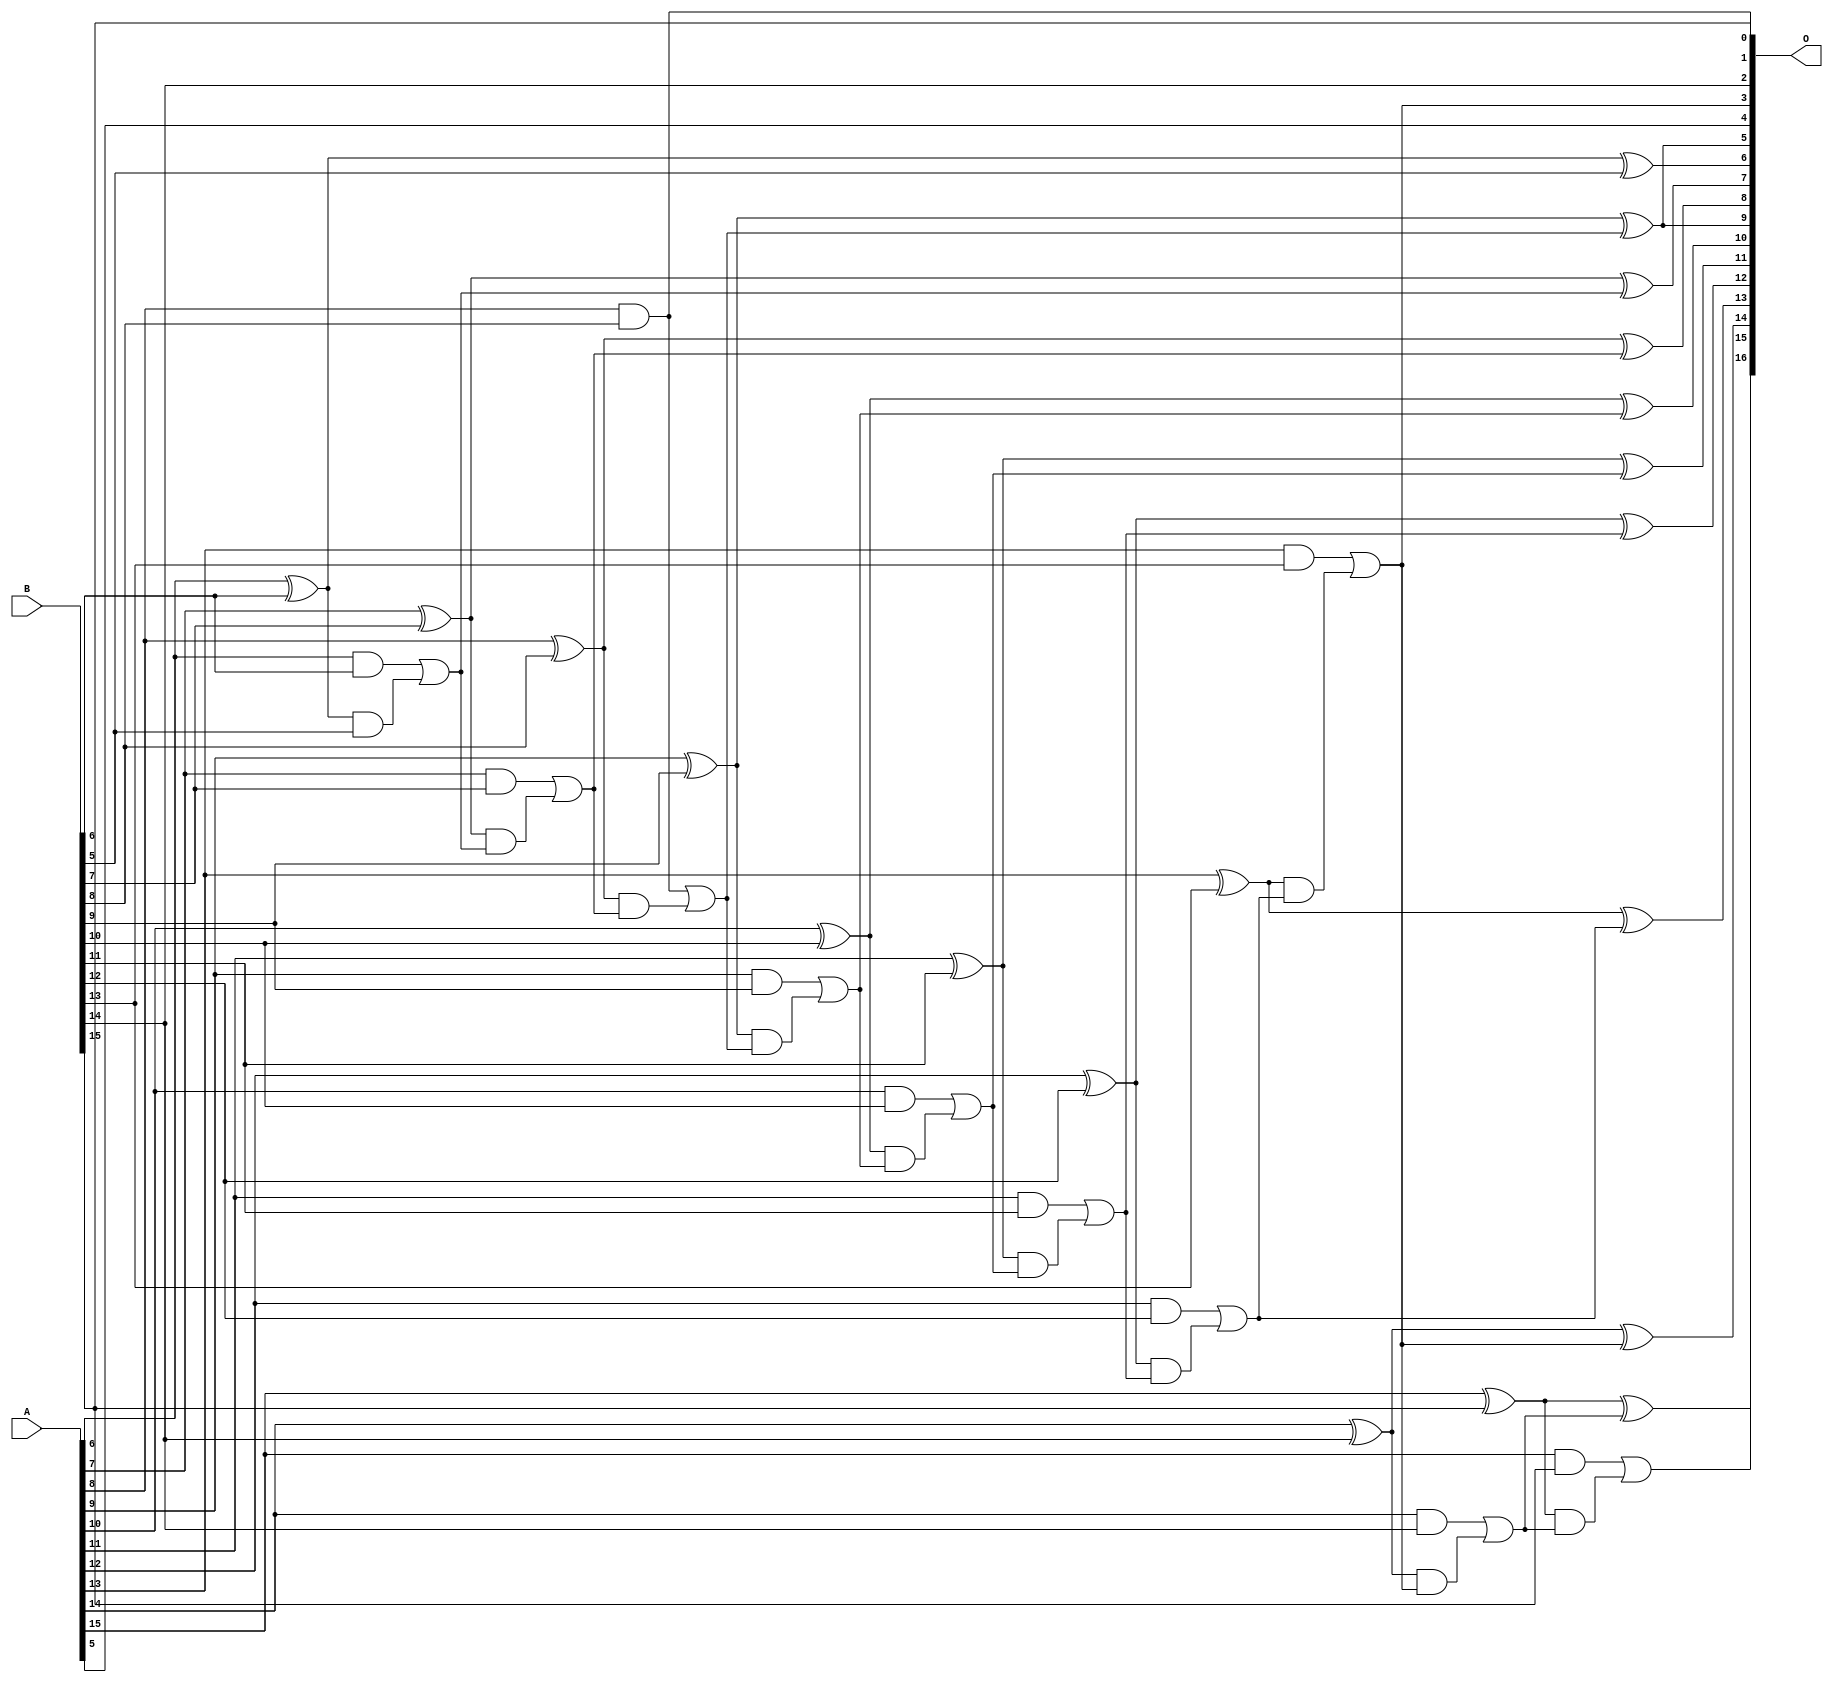
/***
* This code is a part of EvoApproxLib library (ehw.fit.vutbr.cz/approxlib) distributed under The MIT License.
* When used, please cite the following article(s): PRABAKARAN B. S., MRAZEK V., VASICEK Z., SEKANINA L., SHAFIQUE M. ApproxFPGAs: Embracing ASIC-based Approximate Arithmetic Components for FPGA-Based Systems. DAC 2020. 
***/
// MAE% = 0.017 %
// MAE = 22 
// WCE% = 0.06 %
// WCE = 79 
// WCRE% = 100.00 %
// EP% = 98.63 %
// MRE% = 0.048 %
// MSE = 764 
// FPGA_POWER = 0.42
// FPGA_DELAY = 10.0
// FPGA_LUT = 10


module add16u_00L(A, B, O);
  input [15:0] A, B;
  output [16:0] O;
  wire sig_54, sig_56, sig_58, sig_59, sig_60, sig_61;
  wire sig_63, sig_64, sig_65, sig_66, sig_68, sig_69;
  wire sig_71, sig_73, sig_74, sig_75, sig_76, sig_78;
  wire sig_79, sig_80, sig_81, sig_83, sig_84, sig_85;
  wire sig_86, sig_88, sig_89, sig_90, sig_91, sig_93;
  wire sig_94, sig_95, sig_96, sig_99, sig_100, sig_101;
  wire sig_103, sig_104, sig_105, sig_106;
  assign sig_54 = 1'b0;
  assign sig_56 = sig_54;
  assign sig_58 = B[5] | sig_56;
  assign sig_59 = A[6] ^ B[6];
  assign sig_60 = A[6] & B[6];
  assign sig_61 = sig_59 & sig_58;
  assign O[6] = sig_59 ^ sig_58;
  assign sig_63 = sig_60 | sig_61;
  assign sig_64 = A[7] ^ B[7];
  assign sig_65 = A[7] & B[7];
  assign sig_66 = sig_64 & sig_63;
  assign O[7] = sig_64 ^ sig_63;
  assign sig_68 = sig_65 | sig_66;
  assign sig_69 = A[8] ^ B[8];
  assign O[1] = A[8] & B[8];
  assign sig_71 = sig_69 & sig_68;
  assign O[8] = sig_69 ^ sig_68;
  assign sig_73 = O[1] | sig_71;
  assign sig_74 = A[9] ^ B[9];
  assign sig_75 = A[9] & B[9];
  assign sig_76 = sig_74 & sig_73;
  assign O[5] = sig_74 ^ sig_73;
  assign sig_78 = sig_75 | sig_76;
  assign sig_79 = A[10] ^ B[10];
  assign sig_80 = A[10] & B[10];
  assign sig_81 = sig_79 & sig_78;
  assign O[10] = sig_79 ^ sig_78;
  assign sig_83 = sig_80 | sig_81;
  assign sig_84 = A[11] ^ B[11];
  assign sig_85 = A[11] & B[11];
  assign sig_86 = sig_84 & sig_83;
  assign O[11] = sig_84 ^ sig_83;
  assign sig_88 = sig_85 | sig_86;
  assign sig_89 = A[12] ^ B[12];
  assign sig_90 = A[12] & B[12];
  assign sig_91 = sig_89 & sig_88;
  assign O[12] = sig_89 ^ sig_88;
  assign sig_93 = sig_90 | sig_91;
  assign sig_94 = A[13] ^ B[13];
  assign sig_95 = A[13] & B[13];
  assign sig_96 = sig_94 & sig_93;
  assign O[13] = sig_94 ^ sig_93;
  assign O[3] = sig_95 | sig_96;
  assign sig_99 = A[14] ^ B[14];
  assign sig_100 = A[14] & B[14];
  assign sig_101 = sig_99 & O[3];
  assign O[14] = sig_99 ^ O[3];
  assign sig_103 = sig_100 | sig_101;
  assign sig_104 = A[15] ^ B[15];
  assign sig_105 = A[15] & B[15];
  assign sig_106 = sig_104 & sig_103;
  assign O[15] = sig_104 ^ sig_103;
  assign O[16] = sig_105 | sig_106;
  assign O[0] = B[15];
  assign O[2] = B[14];
  assign O[4] = A[5];
  assign O[9] = O[5];
endmodule